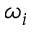
\omega _ { i }